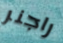
راجنر